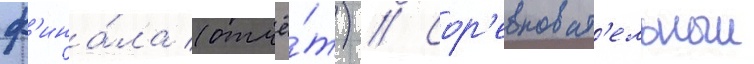
ф'ина́ла (отчё́т) // Сор'евноват'ельныи